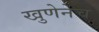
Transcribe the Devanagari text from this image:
खुणेनेच